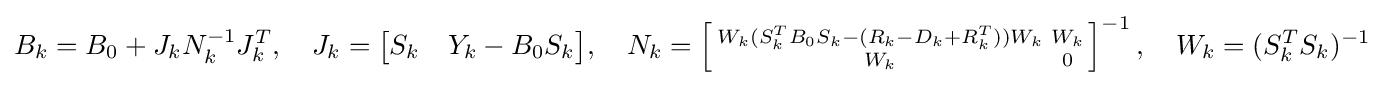
B_{k}=B_{0}+J_{k}N_{k}^{-1}J_{k}^{T},\quad J_{k}={\begin{bmatrix}S_{k}&Y_{k}-B_{0}S_{k}\end{bmatrix}},\quad N_{k}=\left[{\begin{smallmatrix}W_{k}(S_{k}^{T}B_{0}S_{k}-(R_{k}-D_{k}+R_{k}^{T}))W_{k}&W_{k}\\W_{k}&0\end{smallmatrix}}\right]^{-1},\quad W_{k}=(S_{k}^{T}S_{k})^{-1}